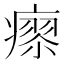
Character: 𤹭